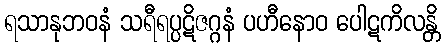
ရသာနုဘဝနံ သရီရပ္ပဋိဇဂ္ဂနံ ပဟီနောဝ ပေါဋကိလန္တိ